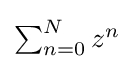
\textstyle \sum _{n=0}^{N}z^{n}